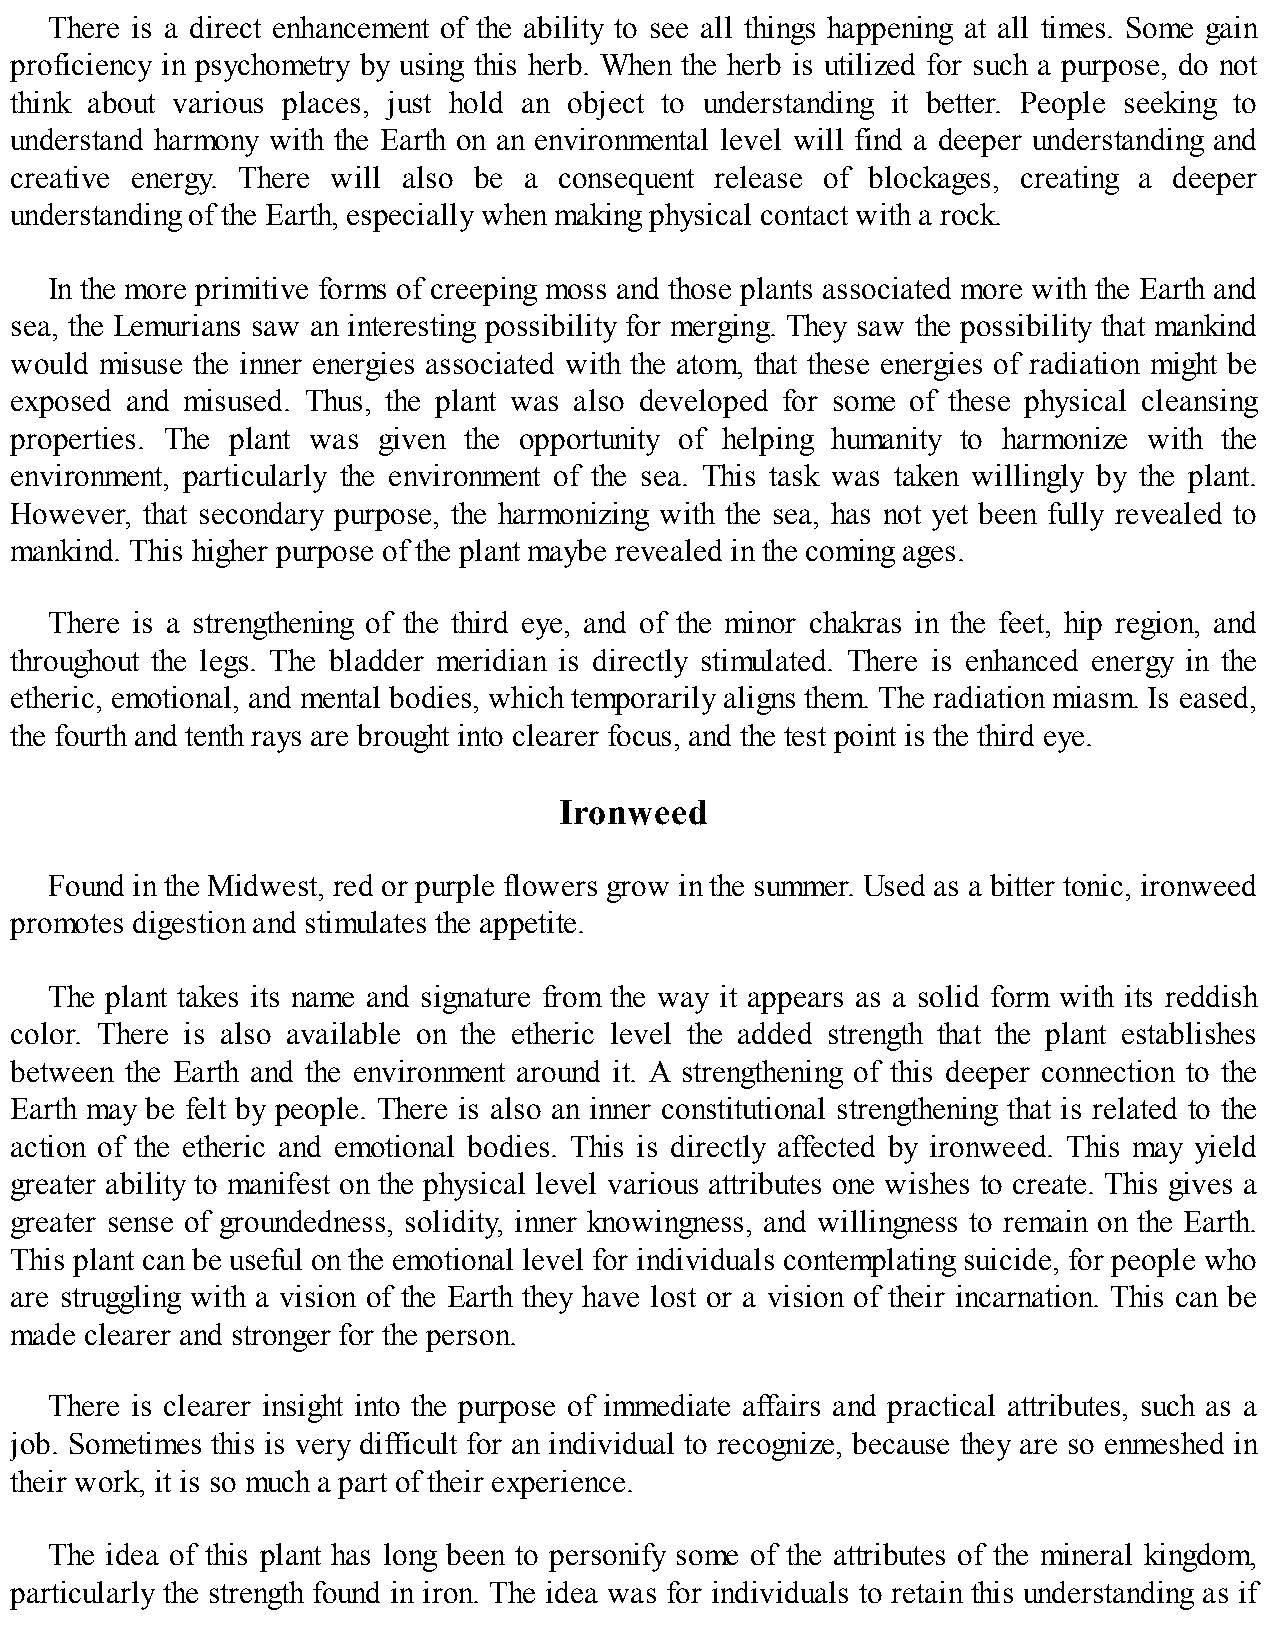
There is a direct enhancement of the ability to see all things happening at all times. Some gain
 proficiency in psychometry by using this herb. When the herb is utilized for such a purpose, do not
 think about various places, just hold an object to understanding it better. People seeking to
 understand harmony with the Earth on an environmental level will find a deeper understanding and
 creative energy. There will also be a consequent release of blockages, creating a deeper
 understanding of the Earth, especially when making physical contact with a rock.
 In the more primitive forms of creeping moss and those plants associated more with the Earth and
 sea, the Lemurians saw an interesting possibility for merging. They saw the possibility that mankind
 would misuse the inner energies associated with the atom, that these energies of radiation might be
 exposed and misused. Thus, the plant was also developed for some of these physical cleansing
 properties. The plant was given the opportunity of helping humanity to harmonize with the
 environment, particularly the environment of the sea. This task was taken willingly by the plant.
 However, that secondary purpose, the harmonizing with the sea, has not yet been fully revealed to
 mankind. This higher purpose of the plant maybe revealed in the coming ages.
 There is a strengthening of the third eye, and of the minor chakras in the feet, hip region, and
 throughout the legs. The bladder meridian is directly stimulated. There is enhanced energy in the
 etheric, emotional, and mental bodies, which temporarily aligns them. The radiation miasm. Is eased,
 the fourth and tenth rays are brought into clearer focus, and the test point is the third eye.
 Ironweed
 Found in the Midwest, red or purple flowers grow in the summer. Used as a bitter tonic, ironweed
 promotes digestion and stimulates the appetite.
 The plant takes its name and signature from the way it appears as a solid form with its reddish
 color. There is also available on the etheric level the added strength that the plant establishes
 between the Earth and the environment around it. A strengthening of this deeper connection to the
 Earth may be felt by people. There is also an inner constitutional strengthening that is related to the
 action of the etheric and emotional bodies. This is directly affected by ironweed. This may yield
 greater ability to manifest on the physical level various attributes one wishes to create. This gives a
 greater sense of groundedness, solidity, inner knowingness, and willingness to remain on the Earth.
 This plant can be useful on the emotional level for individuals contemplating suicide, for people who
 are struggling with a vision of the Earth they have lost or a vision of their incarnation. This can be
 made clearer and stronger for the person.
 There is clearer insight into the purpose of immediate affairs and practical attributes, such as a
 job. Sometimes this is very difficult for an individual to recognize, because they are so enmeshed in
 their work, it is so much a part of their experience.
 The idea of this plant has long been to personify some of the attributes of the mineral kingdom,
 particularly the strength found in iron. The idea was for individuals to retain this understanding as if